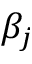
\beta _ { j }